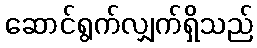
ဆောင်ရွက်လျှက်ရှိသည်